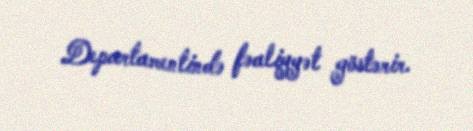
Departamentində fəaliyyət göstərir.